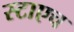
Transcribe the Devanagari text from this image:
स्टाएच